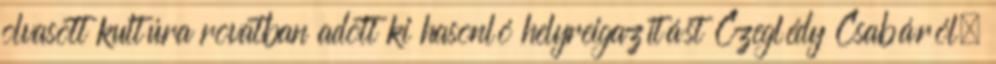
olvasott kultúra rovatban adott ki hasonló helyreigazítást Czeglédy Csabáról.